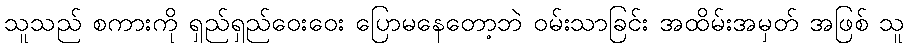
သူသည် စကားကို ရှည်ရှည်ဝေးဝေး ပြောမနေတော့ဘဲ ဝမ်းသာခြင်း အထိမ်းအမှတ် အဖြစ် သူ